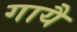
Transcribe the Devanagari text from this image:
गायै